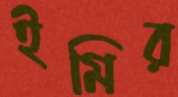
ইমির